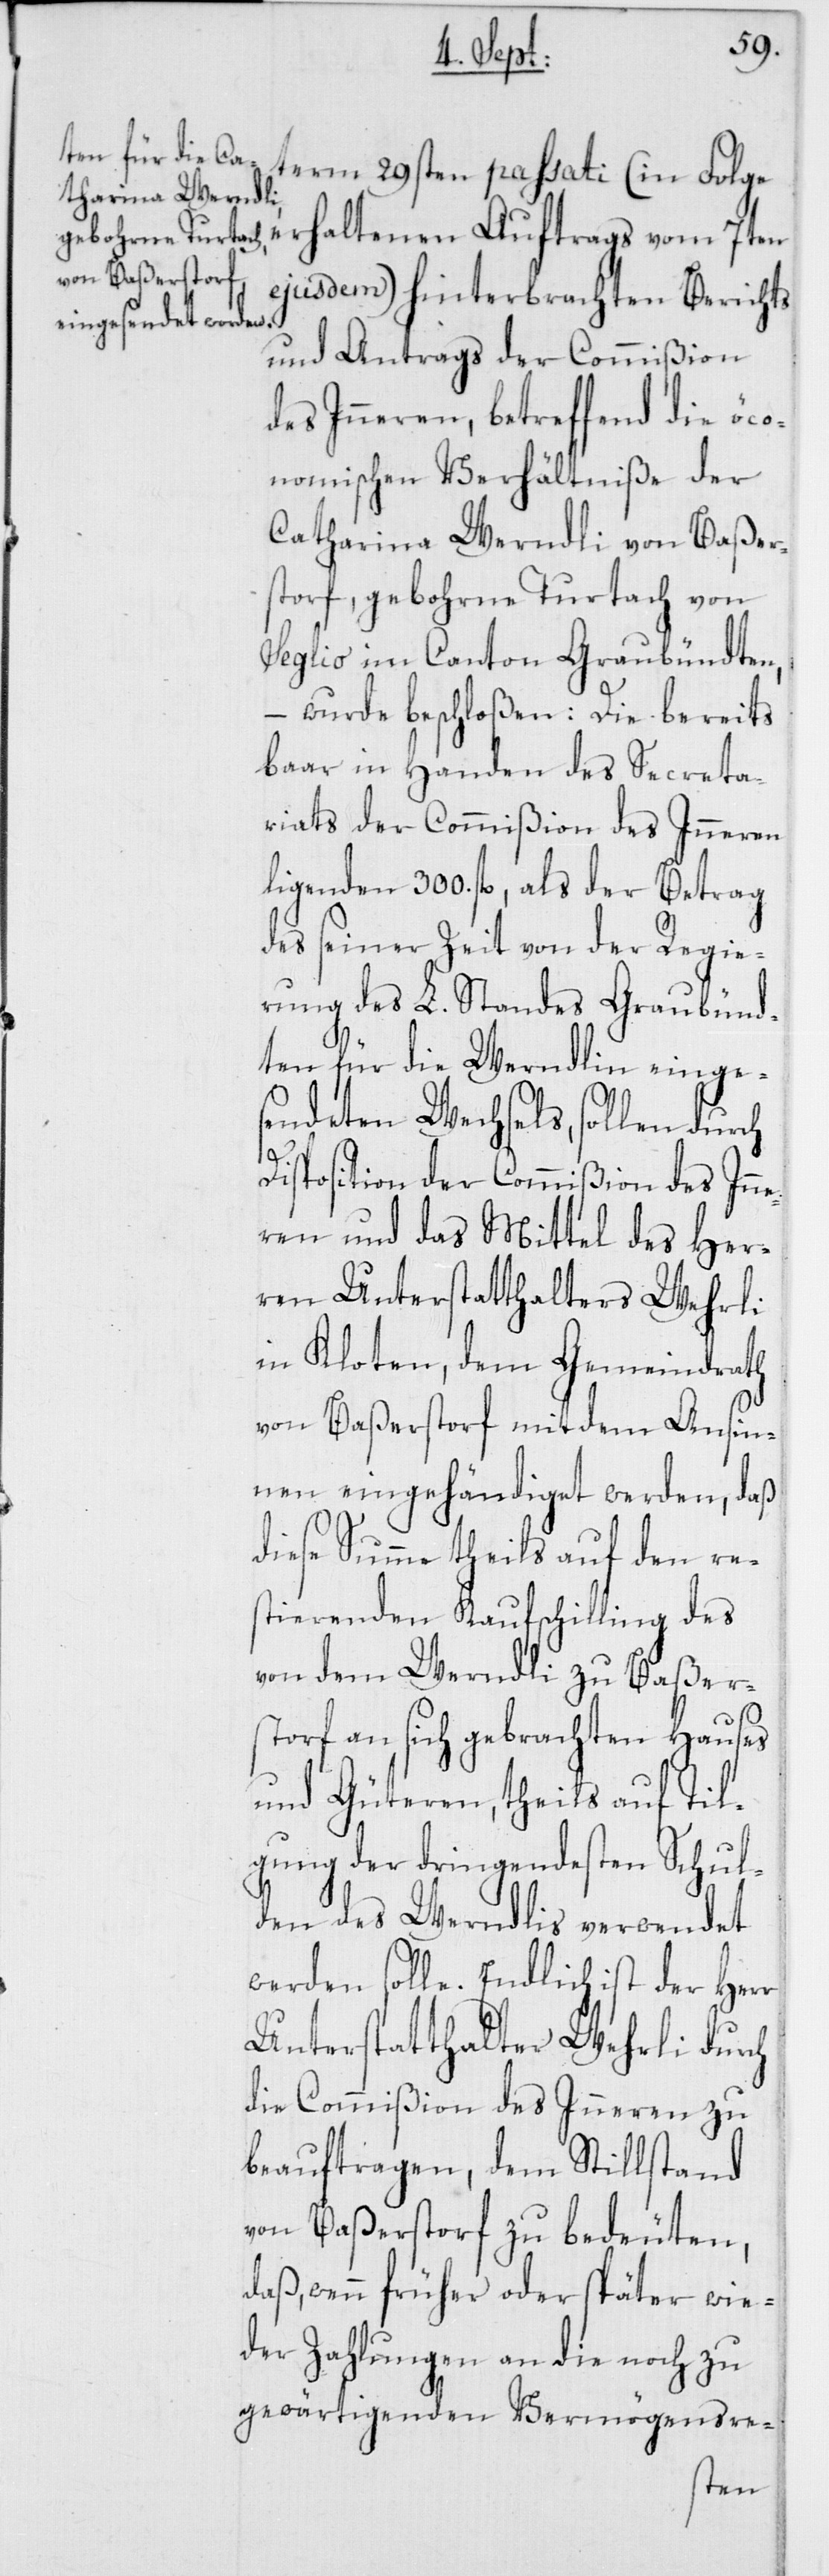
(in Folge erhaltenen Auftrags vom 7ten
ejusdem) hinterbrachten Berichts
und Antrags der Commißion
des Inneren, betreffend die öco¬
nomischen Verhältniße der
Catharina Werndli von Baßer¬
storf, gebohrne Turtach von
Seglio im Canton Graubündten,
– wurde beschloßen: Die bereits
baar in Handen des Secreta¬
riats der Commißion des Inneren
ligenden 300. fl., als der Betrag
des seiner Zeit von der Regie¬
rung des L. Standes Graubünd¬
ten für die Werndlin einge¬
sendeten Wechsels, sollen durch
Disposition der Commißion des Inne¬
ren und das Mittel des Her¬
ren Unterstatthalters Wehrli
in Kloten, dem Gemeindrath
von Baßerstorf mit dem Ansin¬
nen eingehändiget werden, daß
diese Summe theils auf den re¬
stierenden Kaufschilling des
von dem Werndli zu Baßer¬
storf an sich gebrachten Hauses
und Güteren, theils auf Til¬
gung der dringendesten Schul¬
den des Werndlis verwendet
werden solle. Endlich ist der Herr
Unterstatthalter Wehrli durch
die Commißion des Inneren zu
beauftragen, dem Stillstand
von Baßerstorf zu bedeuten,
daß, wenn früher oder später wie¬
der Zahlungen an die noch zu
gewärtigenden Vermögensre-